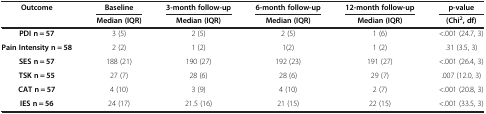
<table><thead><tr><td><b>Outcome</b></td><td><b>Baseline</b></td><td><b>3-month follow-up</b></td><td><b>6-month follow-up</b></td><td><b>12-month follow-up</b></td><td><b>p-value</b></td></tr><tr><td><b> </b></td><td><b>Median (IQR)</b></td><td><b>Median (IQR)</b></td><td><b>Median (IQR)</b></td><td><b>Median (IQR)</b></td><td><b>(Chi<sup>2</sup>, df)</b></td></tr></thead><tbody><tr><td><b>PDI n = 57</b></td><td>3 (5)</td><td>2 (5)</td><td>2 (5)</td><td>1 (6)</td><td>&lt;.001 (24.7, 3)</td></tr><tr><td><b>Pain Intensity n = 58</b></td><td>2 (2)</td><td>1 (2)</td><td>1(2)</td><td>1 (2)</td><td>.31 (3.5, 3)</td></tr><tr><td><b>SES n = 57</b></td><td>188 (21)</td><td>190 (27)</td><td>192 (23)</td><td>191 (27)</td><td>&lt;.001 (26.4, 3)</td></tr><tr><td><b>TSK n = 55</b></td><td>27 (7)</td><td>28 (6)</td><td>28 (6)</td><td>29 (7)</td><td>.007 (12.0, 3)</td></tr><tr><td><b>CAT n = 57</b></td><td>4 (10)</td><td>3 (9)</td><td>4 (10)</td><td>2 (7)</td><td>&lt;.001 (20.8, 3)</td></tr><tr><td><b>IES n = 56</b></td><td>24 (17)</td><td>21.5 (16)</td><td>21 (15)</td><td>22 (15)</td><td>&lt;.001 (33.5, 3)</td></tr></tbody></table>